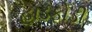
હાડફોડી